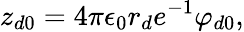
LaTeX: z_{d0}=4\pi\epsilon_{0}r_{d}e^{-1}\varphi_{d0},